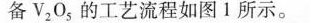
备V_{2}O_{5}的工艺流程如图1所示。